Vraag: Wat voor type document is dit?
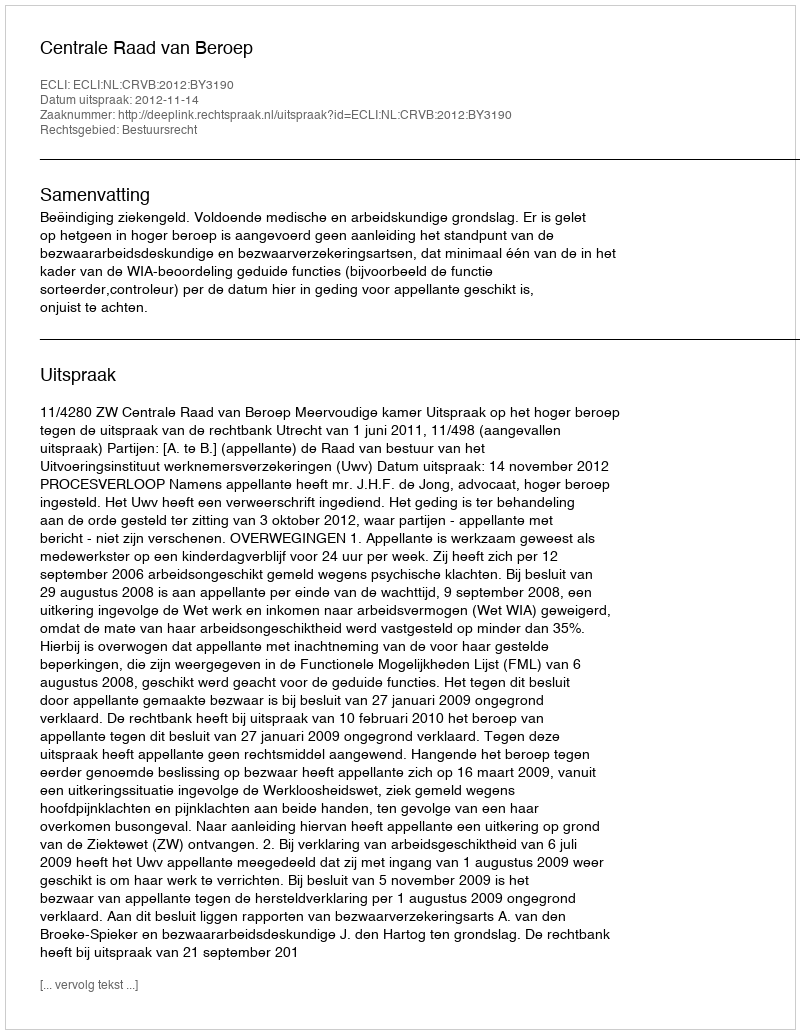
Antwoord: Uitspraak